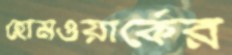
হোমওয়ার্কের